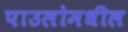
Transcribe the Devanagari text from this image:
पाउलोमधील